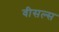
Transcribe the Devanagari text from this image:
वीसल्स